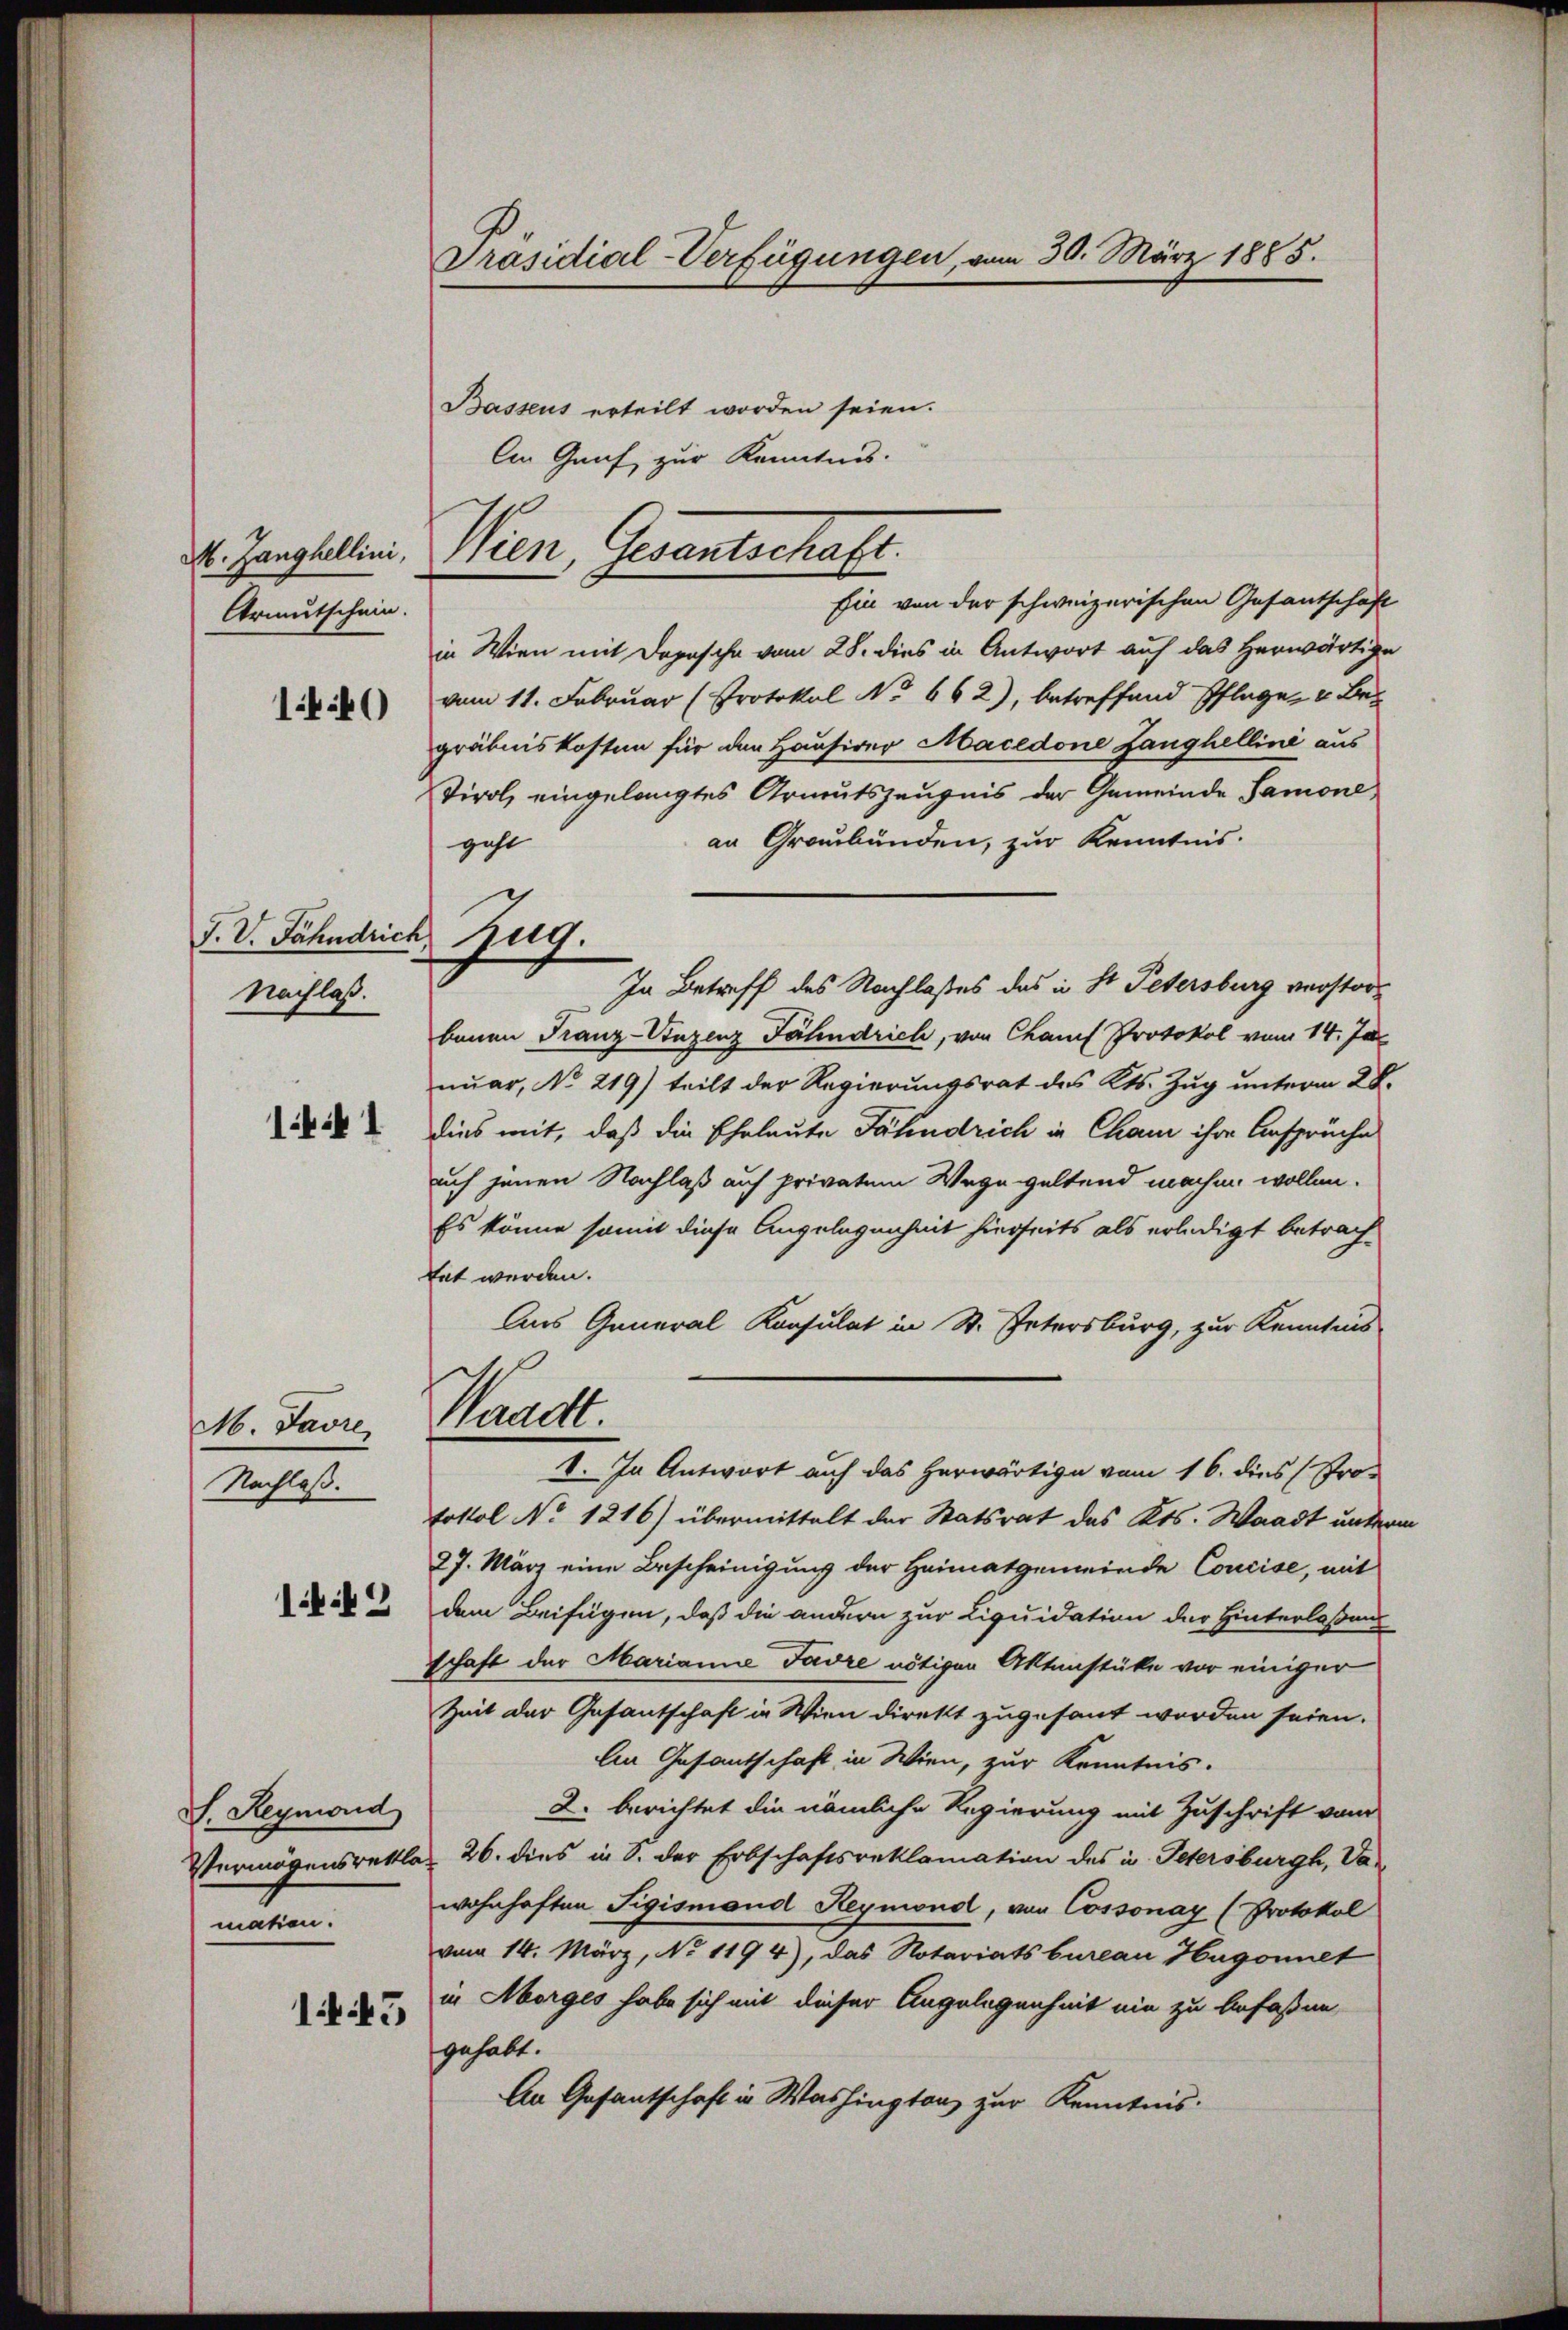
M. Zanghellini,
Armutschein.

J. V. Fähndrich
Nachlaß.

1. 1

M. Javre,
Nachlaß.

146)

149

S. Reymond
Vermögensrettla
mation.

1445

Präsidial-Verfügungen, vom 30. März 1885.

Bassens erteilt worden seien.
An Graf zur Kenntnis.

geht

Ein von der schweizerischen Gesantschaft
in Wien mit Depesche vom 28. dies in Antwort auf das Herwärtige
vom 11. Februar (Protokol No 662), betreffend Pflege u Begräbniskosten für den Hausirer Macedone Langhellini aus
Tirol, eingelangtes Armutszeugnis der Gemeinde Samone
an Graubünden, zur Kenntnis.
In Betreff des Nachlaßes das in St. Petersburg verstorbauen Franz-Vinzenz Jähndrich, von Chauf Protokol vom 14. Ja
nuar, No 219) teilt der Regierungsrat des Kts. Zug unterm 28.
dies mit, daß die Eheleute Fähndrich in Chaus ihre Ansprüche
uch jenen Nachlaß auf privatem Wege geltend machen wollen.
Es könne somit diese Angelegenheit hierseits als erledigt betrachtet werden.
Aus General Konsulat in St. Petersburg, zur Kenntnis
Waadt.
1. In Antwort auf das herwärtige vom 16. dies (Protottol No 1216) übermittelt der Statsrat des Kts. Waadt unterm
27. März eine Bescheinigung der Heimatgemeinde Concise, mit
dem Beifügen, daß die andern zur Liquidation der Hinterlaßung
schaft der Marianne Favre nötigen Aktenstüke vor einiger
Zeit der Gesantschaft in Wien direkt zugesant worden seien.
An Gesantschaft in Wien, zur Kenntnis.
2. berichtet die nämliche Regierung mit Zuschrift vom
26. dies in 3. der Erbschaftsreklamation des u. Petersburgh, Vawohnhaften Sigismand Reymond, von Cossonay (Protokol
vom 14. März, No 1194), das Notariatsbureau Hugonnet
in Morges habe sich mit dieser Angelegenheit ein zu befaßen
gehabt.
An Gefantschaft in Washington zur Kenntnis.

Wien, Gesantschaft.

Zug.